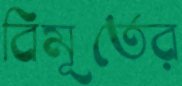
বিমূর্তের